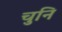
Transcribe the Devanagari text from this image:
चुनि